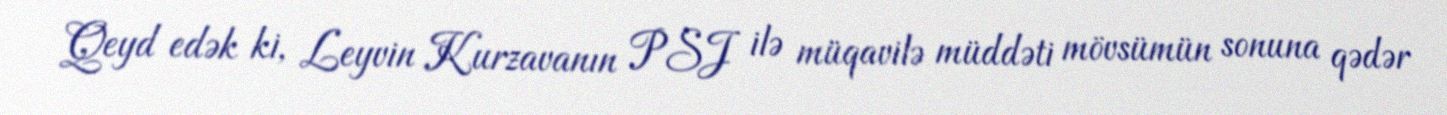
Qeyd edək ki, Leyvin Kurzavanın PSJ ilə müqavilə müddəti mövsümün sonuna qədər